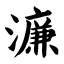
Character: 濂